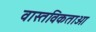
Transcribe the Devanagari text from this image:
वास्तविकताओ